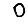
Digit: 0